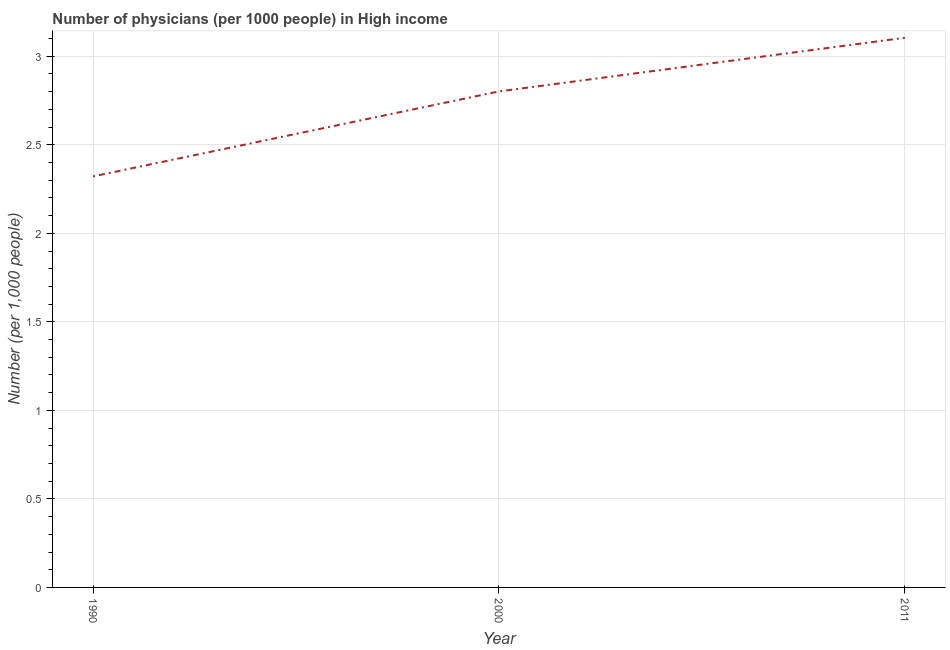
| Year | Physicians |
 | --- | --- |
 | 1990 | 2.32 |
 | 2000 | 2.8 |
 | 2011 | 3.1 |